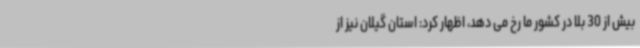
بیش از 30 بلا در کشور ما رخ می دهد، اظهار کرد: استان گیلان نیز از